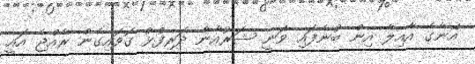
އޭނާގެ އާއިލާ އިން ބުނެފައި ވަނީ ޝަރުއާން ދަރިފުޅު ގޮވައިގެން ރާއްޖެ އައީ